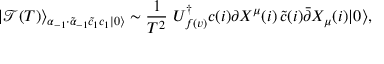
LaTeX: | \mathcal { T } ( T ) \rangle _ { \alpha _ { - 1 } \cdot \tilde { \alpha } _ { - 1 } \tilde { c } _ { 1 } c _ { 1 } | 0 \rangle } \sim \frac { 1 } { T ^ { 2 } } \, \, U _ { f ( v ) } ^ { \dagger } c ( i ) \partial X ^ { \mu } ( i ) \, \tilde { c } ( i ) \bar { \partial } X _ { \mu } ( i ) | 0 \rangle ,